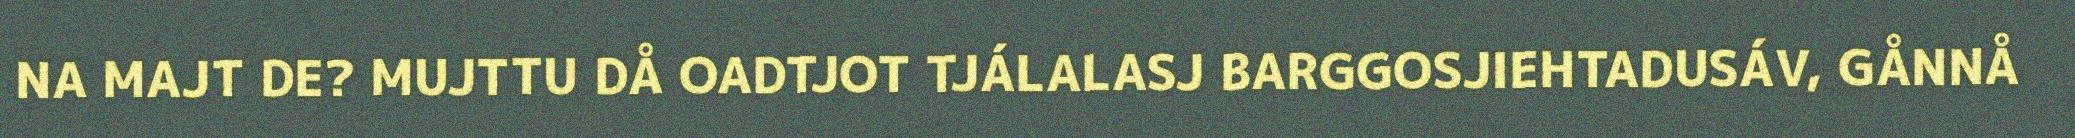
NA MAJT DE? MUJTTU DÅ OADTJOT TJÁLALASJ BARGGOSJIEHTADUSÁV, GÅNNÅ